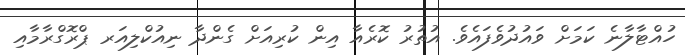
ހުއްޓާލާނެ ކަމަށް ވައުދުވެފައެވެ. އުތުރު ކޮރެއާ އިން ކުރިއަށް ގެންދާ ނިއުކްލިއަރ ޕްރޮގްރާމާއި